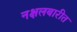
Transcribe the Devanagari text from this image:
नक्षलबारीत